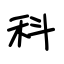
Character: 科